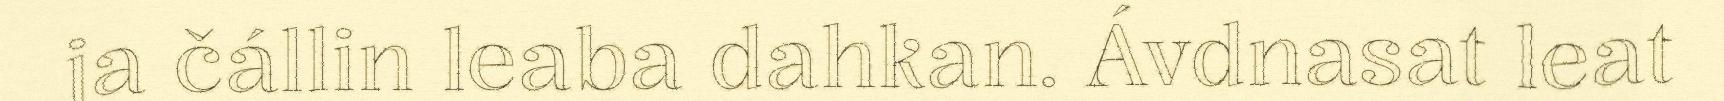
ja čállin leaba dahkan. Ávdnasat leat